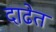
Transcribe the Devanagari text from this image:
दाढेत